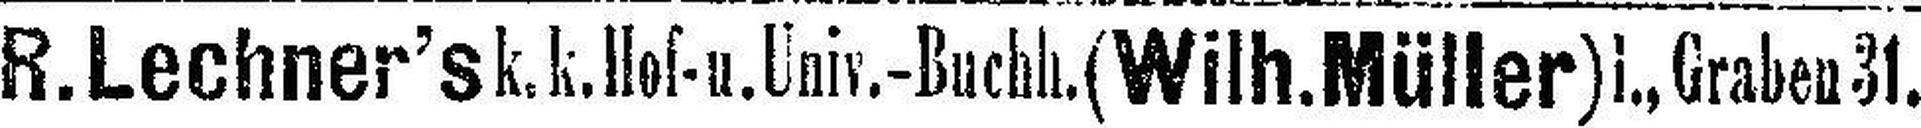
R. Lechner's k. k. Hof- u. Univ.-Buchh. (Wilh.Müller) l., Graben 31.